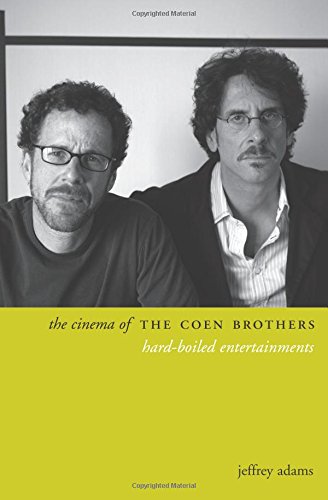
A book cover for The Cinema of the Coen Brothers: Hard-Boiled Entertainments (Directors' Cuts); Jeffrey Adams; Humor & Entertainment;